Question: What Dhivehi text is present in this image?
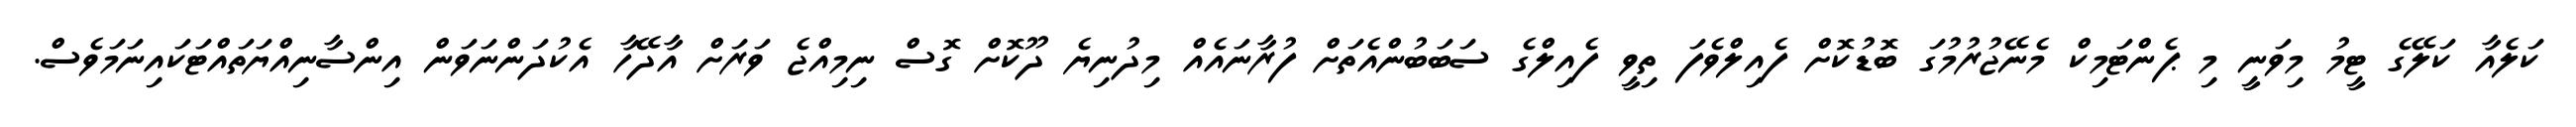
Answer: ކަލެއާ ކަލޭގެ ޓީމު މިވަނީ މި ޕެންޓަމިކް މެނޭޖުރުމުގަ ބޮޑުކޮށް ފެއިލްވެފަ ތިވީ ފެއިލްގެ ސަބަބުންއެތަށް ފުރާނައެއް މިދުނިޔެ ދޫކޮށް ގޮސް ނިމިއްޖެ ވަރަށް އާދޭހާ އެކުދަންނަވަން އިންސާނިއްޔަތައްޓަކައިނަމަވެސް.